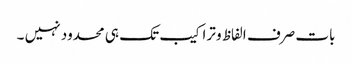
بات صرف الفاظ و تراکیب تک ہی محدود نہیں ۔